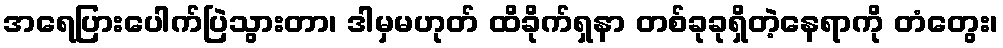
အရေပြားပေါက်ပြဲသွားတာ၊ ဒါမှမဟုတ် ထိခိုက်ရှနာ တစ်ခုခုရှိတဲ့နေရာကို တံတွေး၊